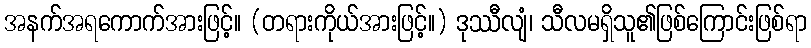
အနက်အရကောက်အားဖြင့်။ (တရားကိုယ်အားဖြင့်။) ဒုဿီလျံ၊ သီလမရှိသူ၏ဖြစ်ကြောင်းဖြစ်ရာ